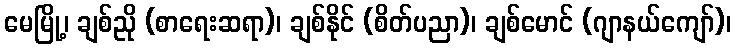
မေမြို့၊ ချစ်ညို (စာရေးဆရာ)၊ ချစ်နိုင် (စိတ်ပညာ)၊ ချစ်မောင် (ဂျာနယ်ကျော်)၊